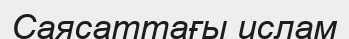
Саясаттағы ислам